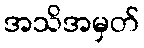
အသိအမှတ်